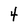
Character: 4